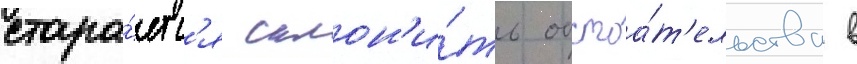
стара́етс'я склон'и́ть обстоа́т'ельства в